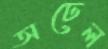
অঢেল